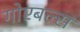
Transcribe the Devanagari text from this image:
गोएबल्स